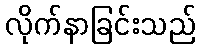
လိုက်နာခြင်းသည်